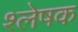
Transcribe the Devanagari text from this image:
श्लेषक